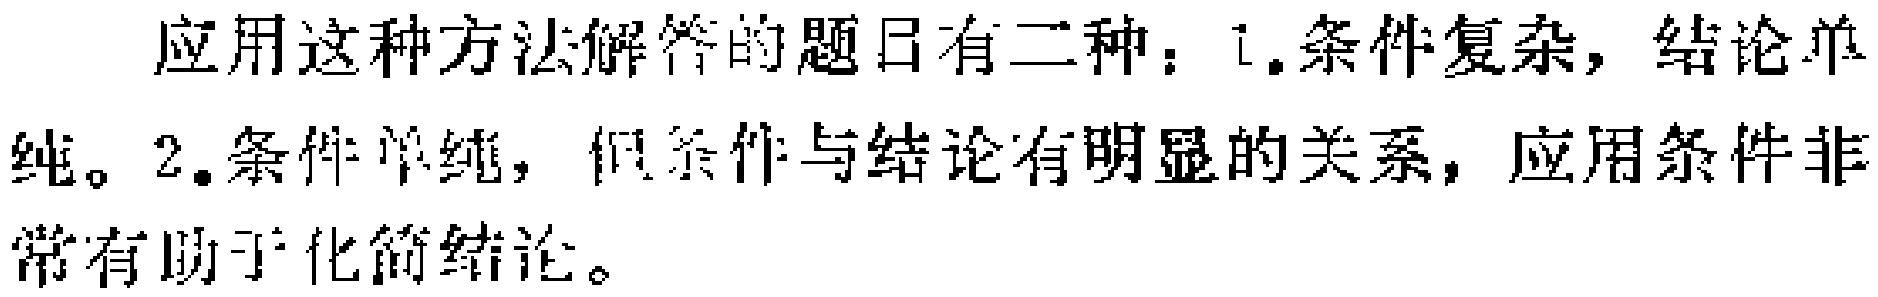
应用这种方法解答的题目有二种：1.条件复杂，结论单纯。2.条件单纯，但条件与结论有明显的关系，应用条件非常有助于化简结论。